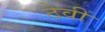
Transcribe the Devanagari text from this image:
ठेवीं